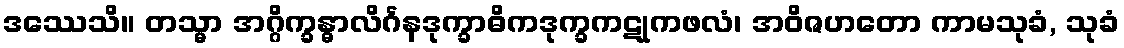
ဒဿေသိ။ တသ္မာ အဂ္ဂိက္ခန္ဓာလိင်္ဂနဒုက္ခာဓိကဒုက္ခကဋုကဖလံ၊ အဝိဇဟတော ကာမသုခံ, သုခံ